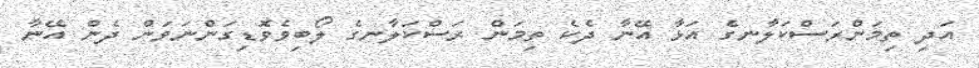
އަދި ތިމަންރަސްކަލާނގެ އަޅާ އޭނާ ދެކެ ތިމަން ރަސްކަލާނގެ ލޯބިވެވޮޑިގަންނަވަން ދެން އޭނާ